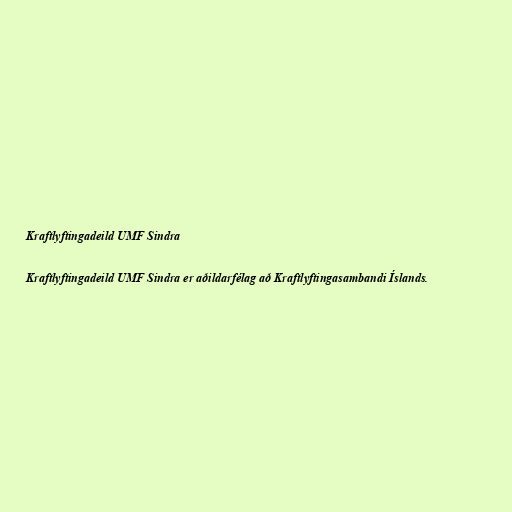
Kraftlyftingadeild UMF Sindra

Kraftlyftingadeild UMF Sindra er aðildarfélag að Kraftlyftingasambandi Íslands.